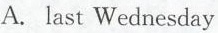
A. last Wednesday